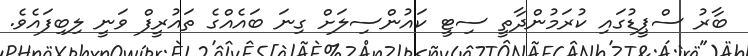
ބާރު ސްޕީޑުގައި ކުރަމުންދާތީ ސިޓީ ކައުންސިލަށް ގިނަ ބައެއްގެ ތައުރީފް ވަނީ ލިބިފައެވެ.